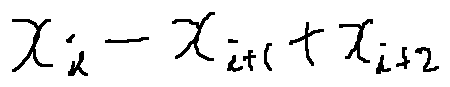
x _ { i } - x _ { i + 1 } + x _ { i + 2 }